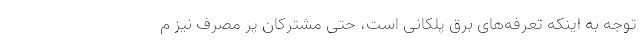
توجه به اینکه تعرفه‌های برق پلکانی است، حتی مشترکان پر مصرف نیز م